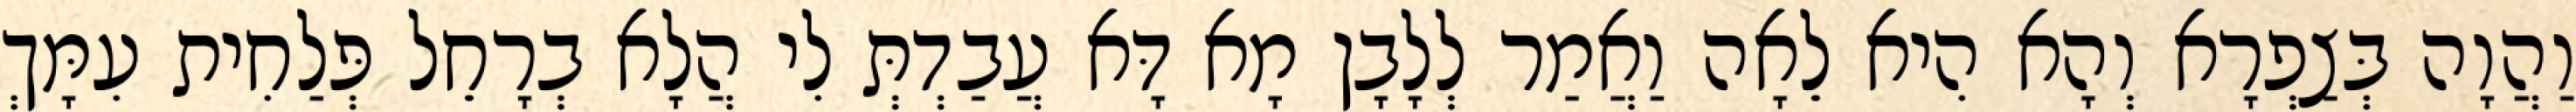
וַהֲוָה בְּצַפְרָא וְהָא הִיא לֵאָה וַאֲמַר לְלָבָן מָא דָּא עֲבַדְתְּ לִי הֲלָא בְרָחֵל פְּלַחִית עִמָּךְ